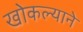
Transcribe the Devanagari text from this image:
खोकल्याने